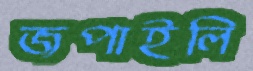
জপাইলি